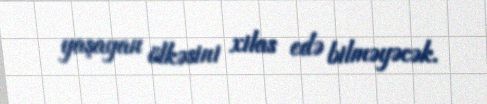
yaşayan ölkəsini xilas edə bilməyəcək.